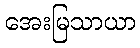
အေးမြသာယာ